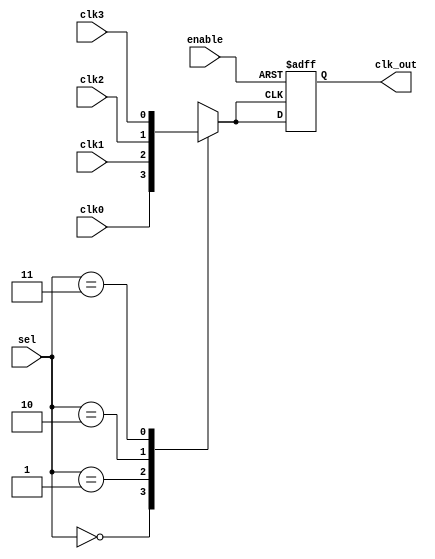
module ClockMultiplexerBuffer (
    input wire clk0,        // Input clock 0
    input wire clk1,        // Input clock 1
    input wire clk2,        // Input clock 2
    input wire clk3,        // Input clock 3
    input wire [1:0] sel,   // 2-bit selection signal
    input wire enable,      // Enable signal
    output reg clk_out      // Buffered output clock
);

    // Internal signal to hold the selected clock
    reg selected_clk;

    // Clock selection logic
    always @(*) begin
        case (sel)
            2'b00: selected_clk = clk0;
            2'b01: selected_clk = clk1;
            2'b10: selected_clk = clk2;
            2'b11: selected_clk = clk3;
            default: selected_clk = 1'b0; // Default case
        endcase
    end

    // Buffering and enable control
    always @(posedge selected_clk or negedge enable) begin
        if (!enable) begin
            clk_out <= 1'b0; // Hold output low when disabled
        end else begin
            clk_out <= selected_clk; // Buffer the selected clock
        end
    end

endmodule